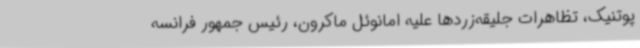
پوتنیک، تظاهرات جلیقه‌زردها علیه امانوئل ماکرون، رئیس جمهور فرانسه